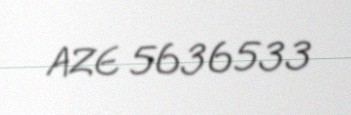
AZE 5636533